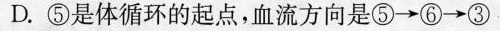
D.⑤是体循环的起点，血流方向是⑤\rightarrow ⑥\rightarrow ③